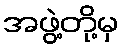
အဖွဲ့တို့မှ